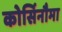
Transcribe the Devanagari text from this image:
कोर्सिनौमा